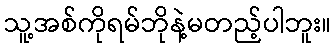
သူ့အစ်ကိုရမ်ဘိုနဲ့မတည့်ပါဘူး။